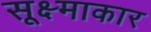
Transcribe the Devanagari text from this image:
सूक्ष्माकार